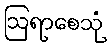
ဩရာစေသုံ